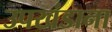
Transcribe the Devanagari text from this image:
उपखंडाना